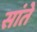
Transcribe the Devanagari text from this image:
सांते